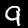
Label: 9